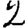
Digit: 2